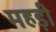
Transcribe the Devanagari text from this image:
महड़ी